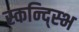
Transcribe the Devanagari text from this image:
स्कन्द्स्भि